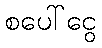
စပေါ်ငွေ